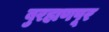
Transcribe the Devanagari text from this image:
बुरहाणपूर